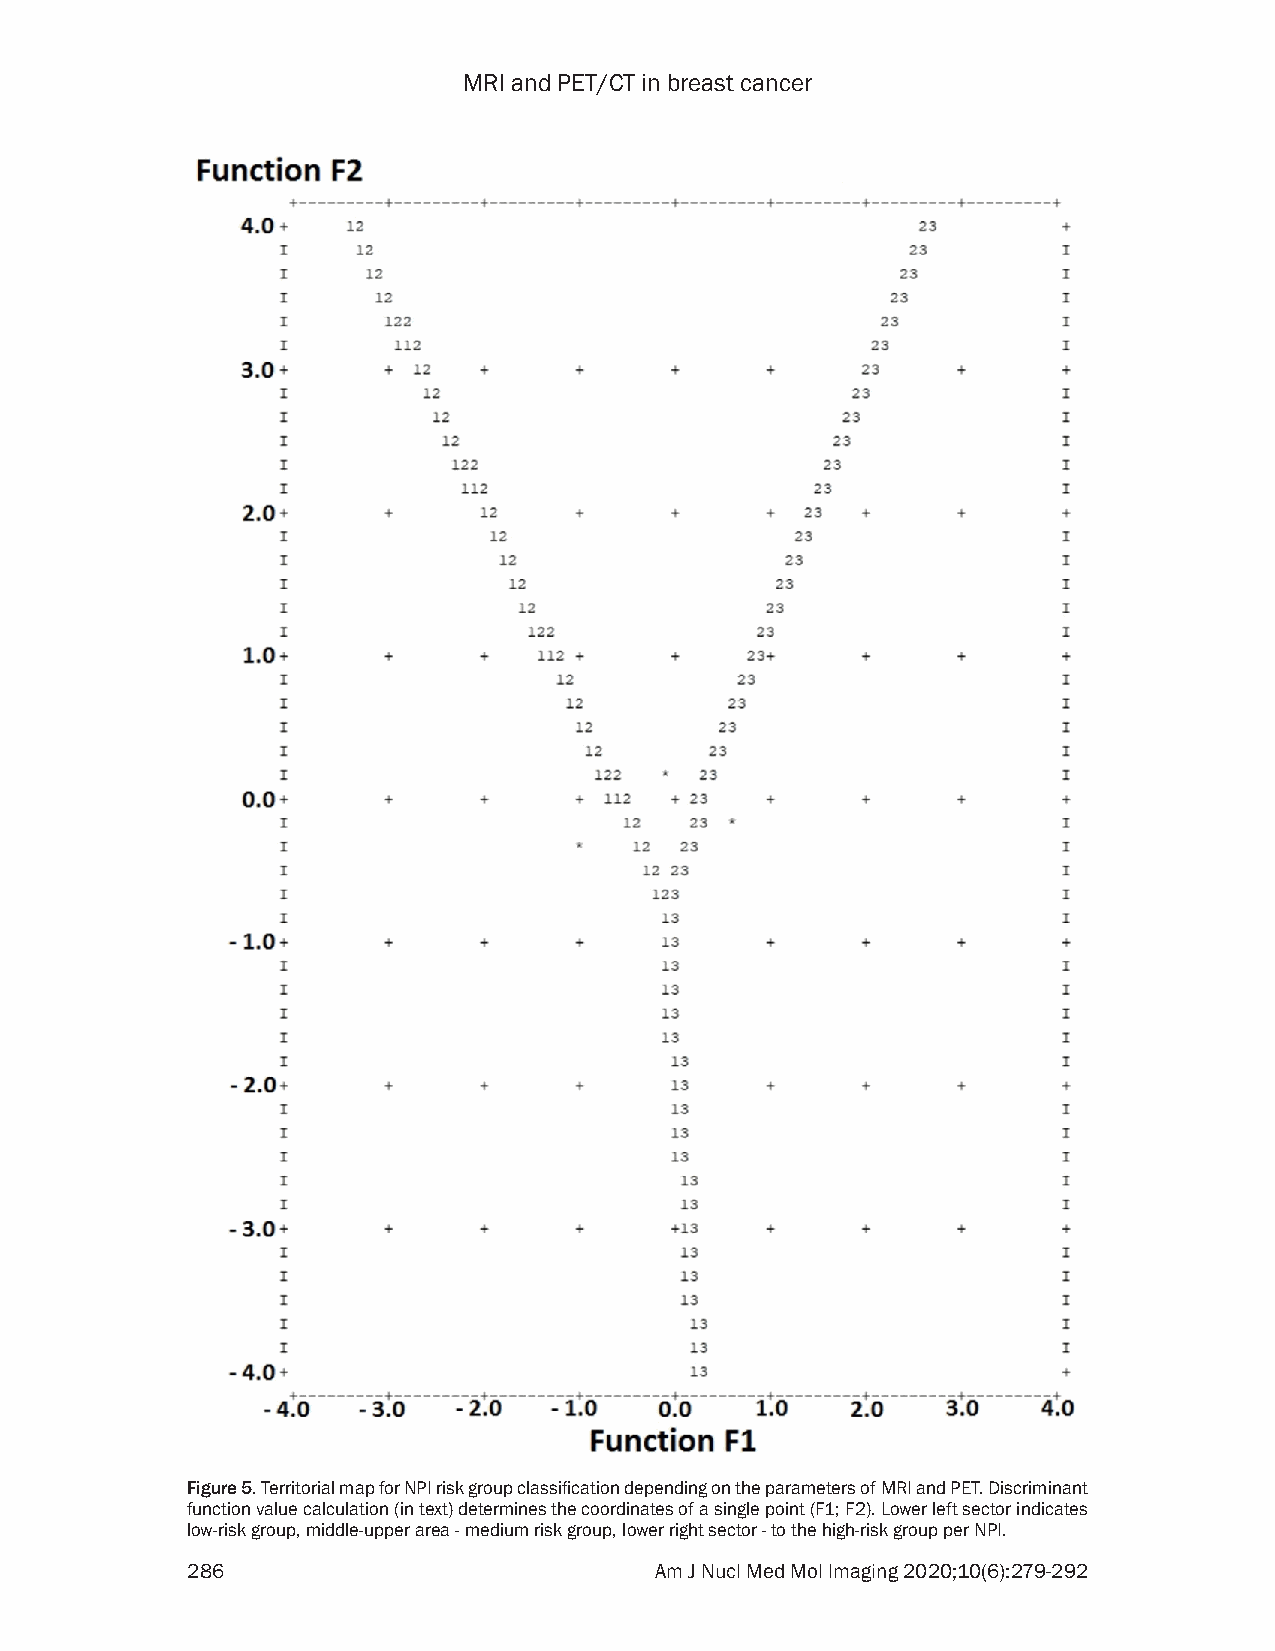
MRI and PET/CT in breast cancer
 Figure 5. Territorial map for NPI risk group classification depending on the parameters of MRI and PET. Discriminant
 function value calculation (in text) determines the coordinates of a single point (F1; F2). Lower left sector indicates
 low-risk group, middle-upper area - medium risk group, lower right sector - to the high-risk group per NPI.
 286                            Am J Nucl Med Mol Imaging 2020;10(6):279-292